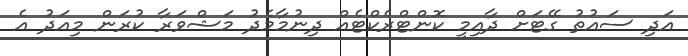
އަދި ސައުތު ގޭޓަށް ދާއިމީ ކޮންޓްރެކްޓެއް ދިނުމާމެދު މަޝްވަރާ ކުރަން މިއަދު އެ